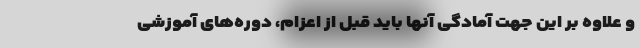
و علاوه بر این جهت آمادگی آنها باید قبل از اعزام، دوره‌های آموزشی